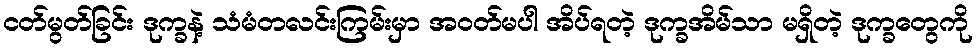
ငတ်မွတ်ခြင်း ဒုက္ခနဲ့ သံမံတလင်းကြမ်းမှာ အဝတ်မပါ အိပ်ရတဲ့ ဒုက္ခအိမ်သာ မရှိတဲ့ ဒုက္ခတွေကို